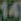
14